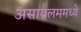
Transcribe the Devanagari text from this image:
असायलममध्ये